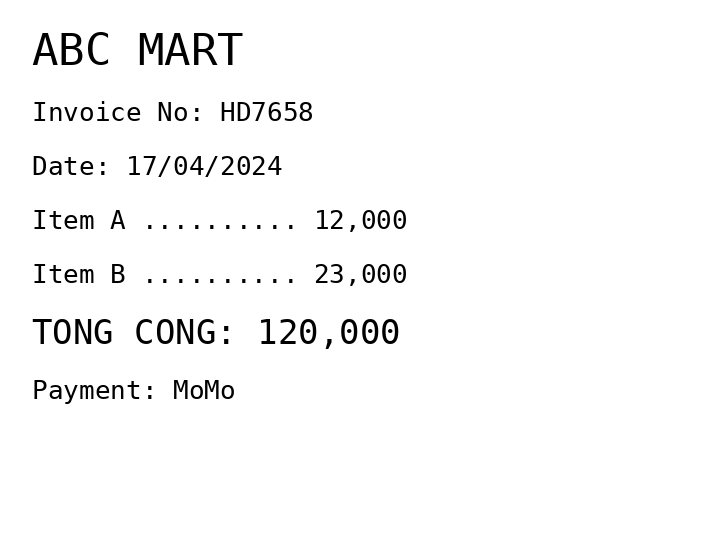
ABC MART
Invoice No: HD7658
Date: 17/04/2024
Item A .......... 12,000
Item B .......... 23,000
TONG CONG: 120,000
Payment: MoMo
Merchant: abc mart
Date: 2024-04-17
Total: 120000
Invoice No: HD7658
Payment method: MOMO